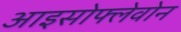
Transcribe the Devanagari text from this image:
आइसोफ्लेवोन